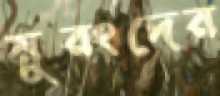
মুরংদের